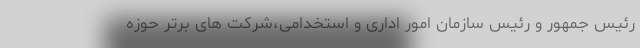
رئیس جمهور و رئیس سازمان امور اداری و استخدامی،شرکت های برتر حوزه